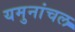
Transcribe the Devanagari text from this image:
यमुनांचल